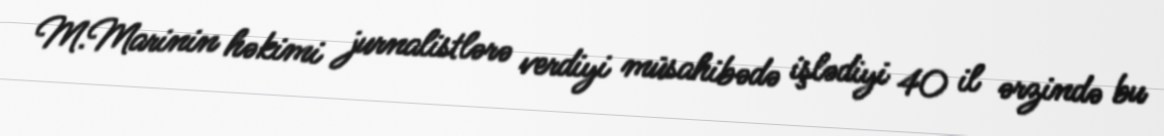
M.Marinin həkimi jurnalistlərə verdiyi müsahibədə işlədiyi 40 il ərzində bu